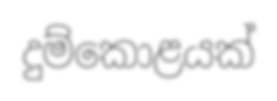
දුම්කොළයක්